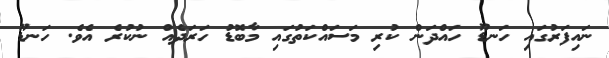
ނައިފަރުގައި ހަނޑޫ ހައްދަން ކުރި މަސައްކަތުގައި މާބޮޑު ހަރަދެއް ނުކުރެ އެވެ. ހަނޑޫ